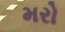
મરો